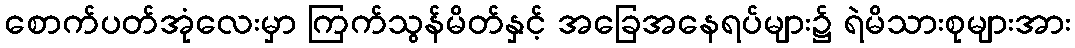
စောက်ပတ်အုံလေးမှာ ကြက်သွန်မိတ်နှင့် အခြေအနေရပ်များ၌ ရဲမိသားစုများအား